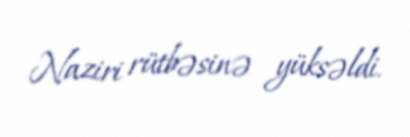
Naziri rütbəsinə yüksəldi.